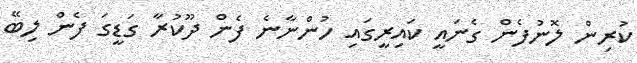
ކުރިން ލޮނުފެން ގެނައީ ކައިރީގައި ހުންނާނެ ފެން ދޫކުރާ ގަޑީގަ ފެން ލިބޭ